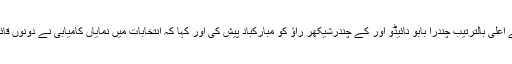
اس موقع پر انہوں نے آندھراپردیش اور تلنگانہ کے وزرائے اعلی بالترتیب چندرا بابو نائیڈو اور کے چندرشیکھر راؤ کو مبارکباد پیش کی اور کہا کہ انتخابات میں نمایاں کامیابی نے دونوں قائدین کو اپنی اپنی ریاستوں کے اعلی ترین عہدوں پر پہنچایا ۔